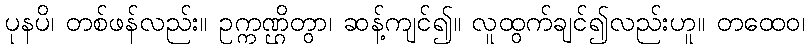
ပုနပိ၊ တစ်ဖန်လည်း။ ဥက္ကဏ္ဌိတွာ၊ ဆန့်ကျင်၍။ လူထွက်ချင်၍လည်းဟူ။ တထေဝ၊